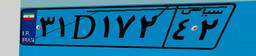
۷۱D۱۳۷۱۲